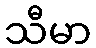
သီမာ